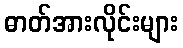
ဓာတ်အားလိုင်းများ